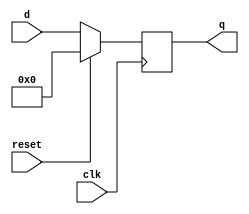
module top_module (
    input clk,
    input reset,            // Synchronous reset
    input [7:0] d,
    output [7:0] q
);

    always@(posedge clk) begin
        if(reset)
            q <= 8'd0;
        else
            q <= d;
    end

endmodule